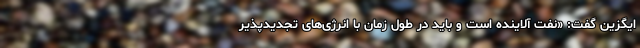
ایگزین گفت: «نفت آلاینده است و باید در طول زمان با انرژی‌های تجدیدپذیر